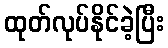
ထုတ်လုပ်နိုင်ခဲ့ပြီး